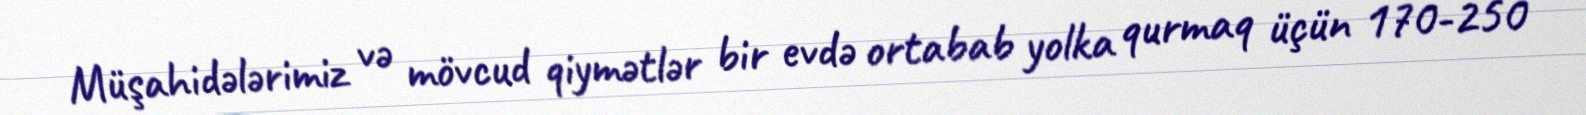
Müşahidələrimiz və mövcud qiymətlər bir evdə ortabab yolka qurmaq üçün 170-250